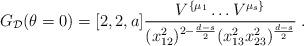
LaTeX: \begin{align*} G_{ {\cal D}}(\theta=0) = [2, 2, a] \frac{V^{\{\mu_1}\ldots V^{\mu_s\}}}{(x_{12}^2)^{2-\frac{ d-s}{2}} (x_{13}^2x_{23}^2)^\frac{ d-s}{2}}\;.\end{align*}